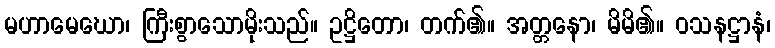
မဟာမေဃော၊ ကြီးစွာသောမိုးသည်။ ဥဋ္ဌိတော၊ တက်၏။ အတ္တနော၊ မိမိ၏။ ဝသနဋ္ဌာနံ၊